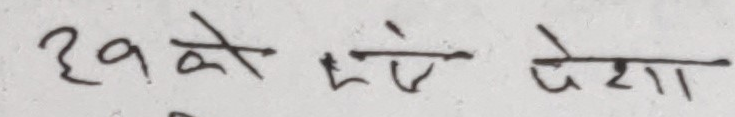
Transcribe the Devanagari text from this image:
३१ को लागि पेशा